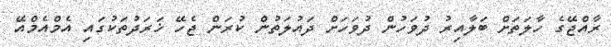
ރާއްޖޭގެ ހާލަތަށް ބަލާއިރު ދުވަހުން ދުވަހަށް ދައުލަތުން ކުރަން ޖެހޭ ޚަރަދުތަކުގައި އެމްއެމްއޭ